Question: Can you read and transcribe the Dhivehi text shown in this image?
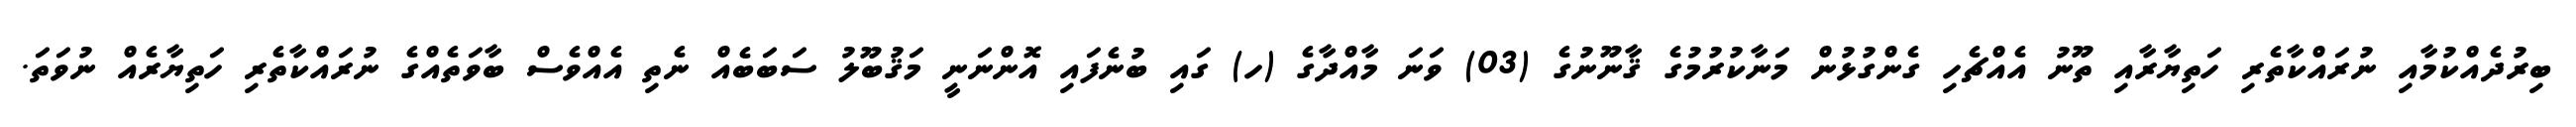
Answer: ބިރުދެއްކުމާއި ނުރައްކާތެރި ހަތިޔާރާއި ތޫނު އެއްޗެހި ގެންގުޅުން މަނާކުރުމުގެ ޤާނޫނުގެ (03) ވަނަ މާއްދާގެ (ހ) ގައި ބުނެފައި އޮންނަނީ މަޤުބޫލު ސަބަބެއް ނެތި އެއްވެސް ބާވަތެއްގެ ނުރައްކާތެރި ހަތިޔާރެއް ނުވަތަ.